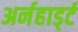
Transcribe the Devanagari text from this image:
अर्नहार्ड्ट